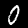
Label: 0